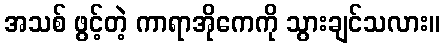
အသစ် ဖွင့်တဲ့ ကာရာအိုကေကို သွားချင်သလား။